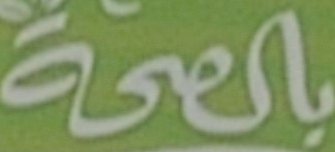
بالصحة